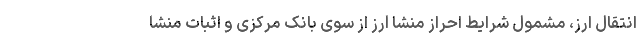
انتقال ارز، مشمول شرایط احراز منشا ارز از سوی بانک مرکزی و اثبات منشا